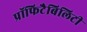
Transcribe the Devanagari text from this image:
प्रॉफिटैबिलिटी